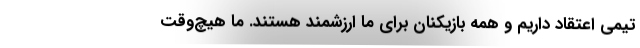
تیمی اعتقاد داریم و همه بازیکنان برای ما ارزشمند هستند. ما هیچ‌وقت